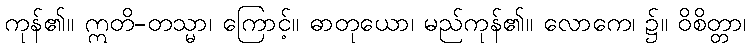
ကုန်၏။ ဣတိ-တသ္မာ၊ ကြောင့်။ ဓာတုယော၊ မည်ကုန်၏။ လောကေ၊ ၌။ ဝိစိတ္တာ၊